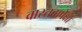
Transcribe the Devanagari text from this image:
वास्तवापेक्षा